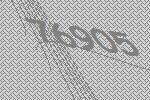
76905